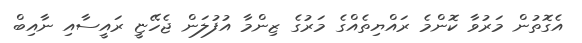
އެގޮތުން މަރުވާ ކޮންމެ ރައްޔިތެއްގެ މަރުގެ ޒިންމާ އުފުލަން ޖެހޭޏީ ރައީސާއި ނާއިބް